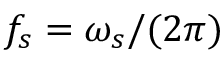
f _ { s } = \omega _ { s } / ( 2 \pi )